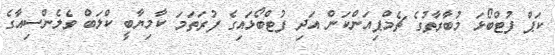
ކަޕް ފުޓްބޯޅަ މުބާރާތުގެ ޗެމްޕިއަންކަން އަދި ފުޓްބޯޅައިގެ ފުރަތަމަ ކާމިޔާބީ ކްލަބް ވެލެންސިއާގެ